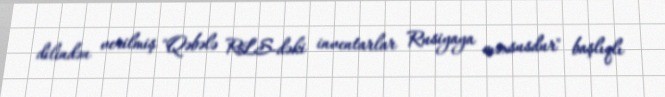
dilindən verilmiş "Qəbələ RLS-dəki inventarlar Rusiyaya məxsusdur" başlıqlı